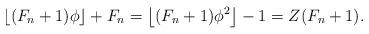
LaTeX: \begin{align*} \left\lfloor (F_n + 1) \phi \right\rfloor + F_n = \left\lfloor (F_n + 1) \phi^2 \right\rfloor -1 = Z(F_n + 1) .\end{align*}